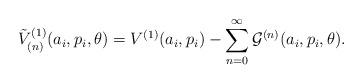
LaTeX: \begin{align*}{\tilde V}_{(n)}^{(1)}(a_i,p_i,\theta) = V^{(1)}(a_i,p_i) - \sum_{n=0}^\infty{\cal G}^{(n)}(a_i,p_i,\theta).\end{align*}